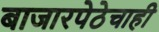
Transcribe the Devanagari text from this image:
बाजारपेठेचाही